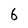
Character: 6